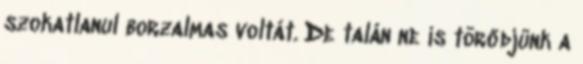
szokatlanul borzalmas voltát. De talán ne is törődjünk a